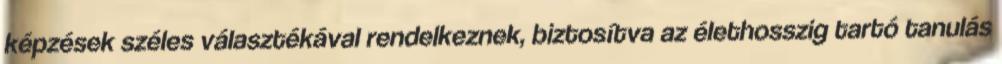
képzések széles választékával rendelkeznek, biztosítva az élethosszig tartó tanulás